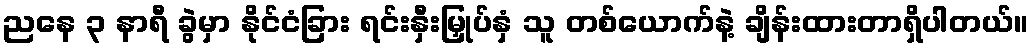
ညနေ ၃ နာရီ ခွဲမှာ နိုင်ငံခြား ရင်းနှီးမြှုပ်နှံ သူ တစ်ယောက်နဲ့ ချိန်းထားတာရှိပါတယ်။